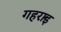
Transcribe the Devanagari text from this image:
गहरार्इ